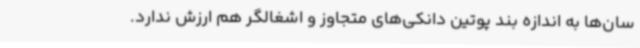
سان‌ها به اندازه‌ بند پوتین دانکی‌های متجاوز و اشغالگر هم ارزش ندارد.